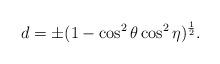
LaTeX: \begin{align*}d=\pm(1-\cos^2{\theta}\cos^2{\eta})^{1\over 2}.\end{align*}